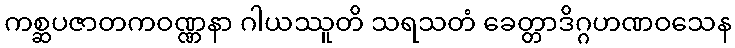
ကစ္ဆပဇာတကဝဏ္ဏနာ ဂါယဿူတိ သရသတံ ခေတ္တာဒိဂ္ဂဟဏဝသေန